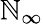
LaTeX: \mathbb{N}_{\infty}